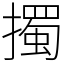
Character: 擉